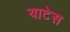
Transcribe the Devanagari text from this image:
याटेस